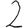
Digit: 2